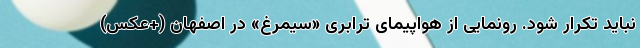
نباید تکرار شود. رونمایی از هواپیمای ترابری «سیمرغ» در اصفهان (+عکس)